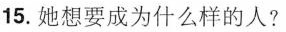
15. 她想要成为什么样的人?